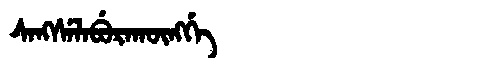
Manchu: ᠰᠠᠩᠰᡝᠯᠠᠪᡠᡵᠠᡴᡡᠩᡤᡝ
Romanization: SANGSELABURAKŪNGGE